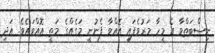
ނިސްބަތްވާ އެ މީހާ މަރުވެފައި އޮއްވާ ފެނުނީ މަގެއްގެ މަތީ އޮއްވައެވެ. އަދި